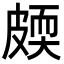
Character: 㿵